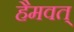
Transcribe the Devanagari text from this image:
हैमवत्